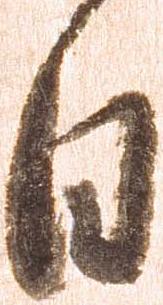
日